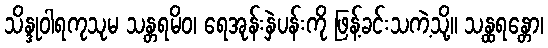
သိန္ဒုဝါရကုသုမ သန္တရမိဝ၊ ရေအုန်းနှဲပန်းကို ဖြန့်ခင်းသကဲ့သို့။ သန္ထရန္တော၊